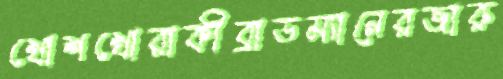
খোশখোরাকীব্রাডম্যানেরজারু